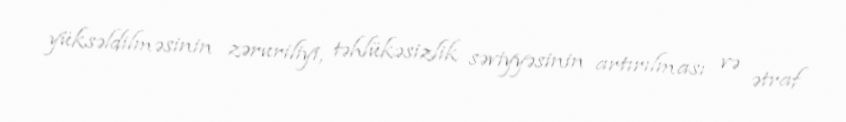
yüksəldilməsinin zəruriliyi, təhlükəsizlik səviyyəsinin artırılması və ətraf